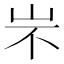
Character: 㞸